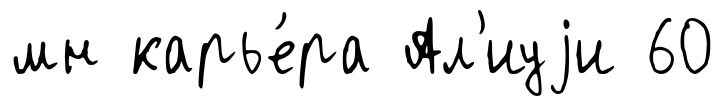
мн карье́ра Ал'иуjи 60